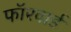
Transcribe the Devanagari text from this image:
फॉरवार्ड